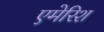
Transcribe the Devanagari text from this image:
एमेरिश